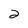
Character: 2